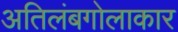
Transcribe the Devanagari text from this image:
अतिलंबगोलाकार